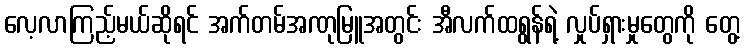
လေ့လာကြည့်မယ်ဆိုရင် အက်တမ်အဏုမြူအတွင်း အီလက်ထရွန်ရဲ့ လှုပ်ရှားမှုတွေကို တွေ့